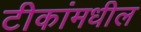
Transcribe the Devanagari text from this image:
टीकांमधील